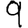
Digit: 9